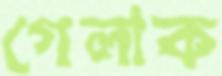
গেলাক